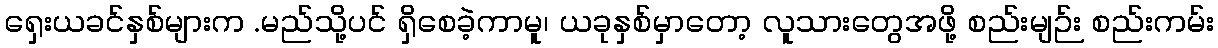
ရှေးယခင်နှစ်များက .မည်သို့ပင် ရှိစေခဲ့ကာမူ၊ ယခုနှစ်မှာတော့ လူသားတွေအဖို့ စည်းမျဉ်း စည်းကမ်း